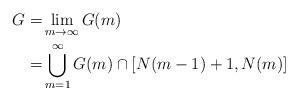
LaTeX: \begin{align*}G=&\lim_{m\to\infty}G(m)\\ =&\bigcup_{m=1}^\infty G(m)\cap[N(m-1)+1,N(m)]\end{align*}